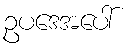
ဥပဒေအပေါ်